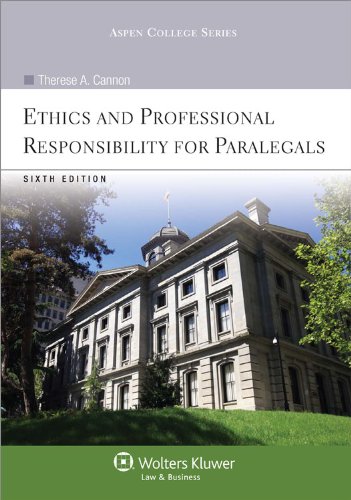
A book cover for Ethics & Professional Responsibility for Paralegals, 6th Edition (Aspen College Series); Therese A. Cannon; Law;